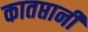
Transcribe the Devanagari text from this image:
कातप्तानी